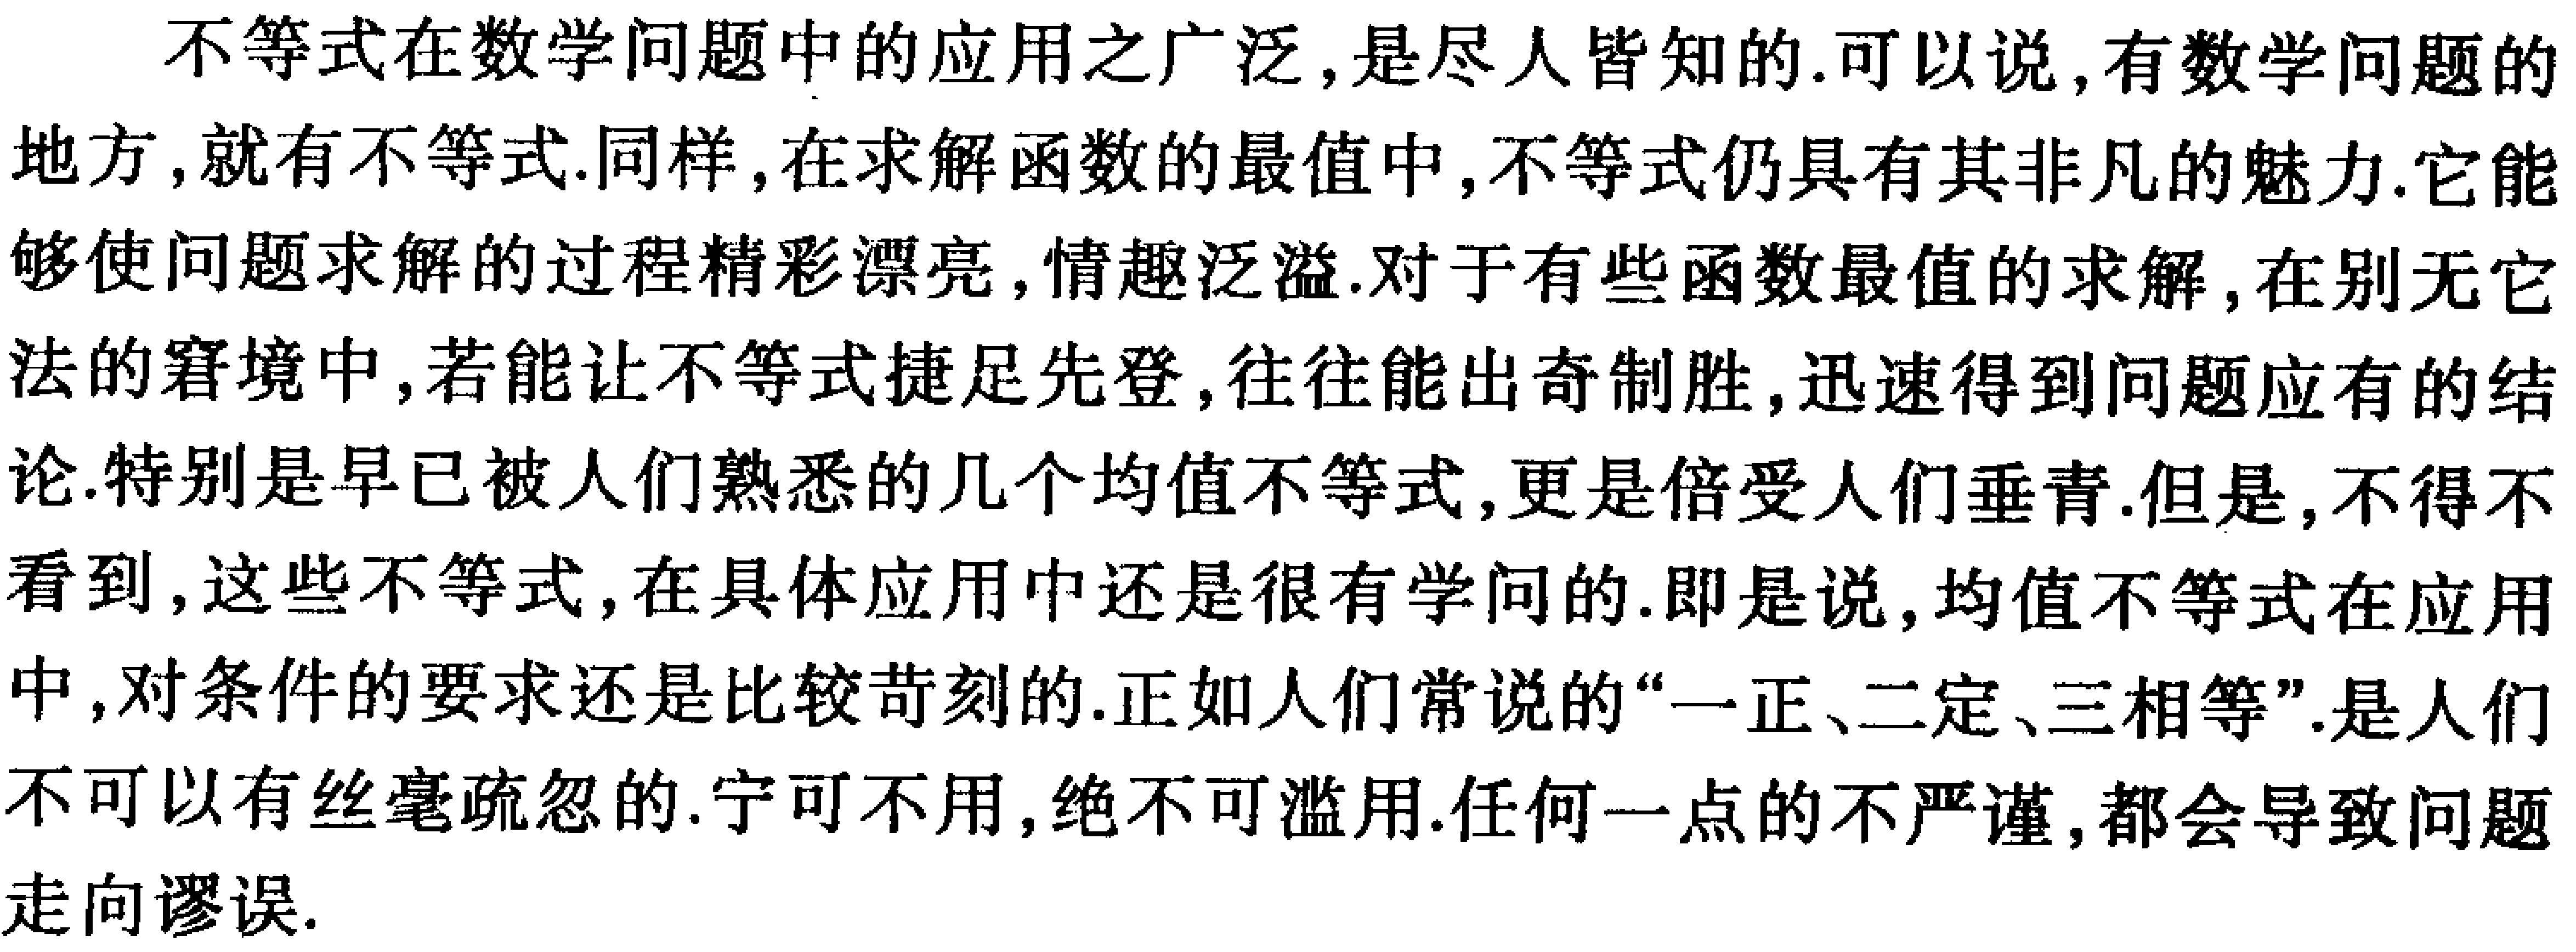
不等式在数学问题中的应用之广泛,是尽人皆知的.可以说,有数学问题的
地方,就有不等式.同样,在求解函数的最值中,不等式仍具有其非凡的魅力.它能
够使问题求解的过程精彩漂亮,情趣泛溢.对于有些函数最值的求解,在别无它
法的窘境中,若能让不等式捷足先登,往往能出奇制胜,迅速得到问题应有的结
论.特别是早已被人们熟悉的几个均值不等式,更是倍受人们垂青.但是,不得不
看到,这些不等式,在具体应用中还是很有学问的.即是说,均值不等式在应用
中,对条件的要求还是比较苛刻的.正如人们常说的“一正、二定、三相等”.是人们
不可以有丝毫疏忽的.宁可不用,绝不可滥用.任何一点的不严谨,都会导致问题
走向谬误.